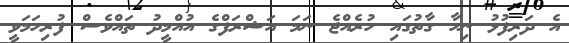
އެ ދަރިފުޅު ނިހާ ގާތުގައި ހުރެއްޖެ ނަމަ އަޝްރަފްގެ އުއްމީދު ތައްވެސް ފުރިހަމަވީ